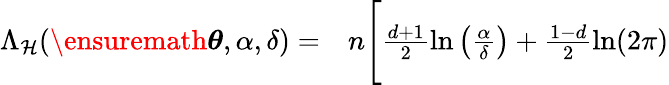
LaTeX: \begin{array}{rl}{\Lambda_{\cal H}(\ensuremath{\boldsymbol{\theta}},\alpha,\delta)=}&{{}n\Bigg[\frac{d+1}{2}\ln\left(\frac{\alpha}{\delta}\right)+\frac{1-d}{2}\ln(2\pi)}\end{array}